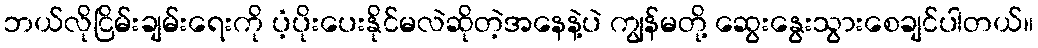
ဘယ်လိုငြိမ်းချမ်းရေးကို ပံ့ပိုးပေးနိုင်မလဲဆိုတဲ့အနေနဲ့ပဲ ကျွန်မတို့ ဆွေးနွေးသွားစေချင်ပါတယ်။